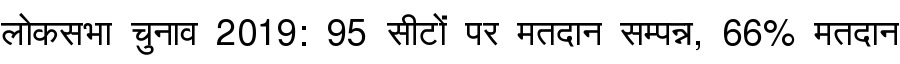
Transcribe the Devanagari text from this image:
लोकसभा चुनाव 2019: 95 सीटों पर मतदान सम्पन्न, 66% मतदान